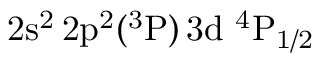
\mathrm { 2 s ^ { 2 } \, 2 p ^ { 2 } ( ^ { 3 } P ) \, 3 d ~ ^ { 4 } P _ { 1 / 2 } }